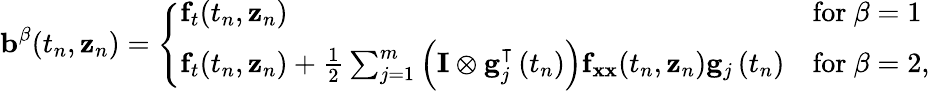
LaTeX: \mathbf{b}^{\mathbb{\beta}}(t_{n},\mathbf{z}_{n})={\left\{ \begin{array}{ll}{\mathbf{f}_{t}(t_{n},\mathbf{z}_{n})}&{{\mathrm{for~}}\mathbb{\beta}=1}\\ {\mathbf{f}_{t}(t_{n},\mathbf{z}_{n})+{\frac{1}{2}}\sum_{j=1}^{m}\left(\mathbf{I}\otimes\mathbf{g}_{j}^{\intercal}\left(t_{n}\right)\right)\mathbf{f}_{\mathbf{xx}}(t_{n},\mathbf{z}_{n})\mathbf{g}_{j}\left(t_{n}\right)}&{{\mathrm{for~}}\mathbb{\beta}=2,}\end{array}\right.}